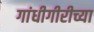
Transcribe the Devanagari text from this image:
गांधीगीरीच्या